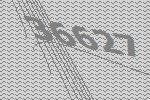
36627